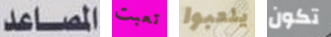
المصاعد تعبت يلعبوا تكون